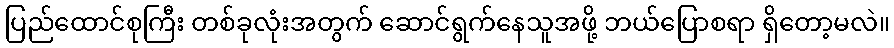
ပြည်ထောင်စုကြီး တစ်ခုလုံးအတွက် ဆောင်ရွက်နေသူအဖို့ ဘယ်ပြောစရာ ရှိတော့မလဲ။